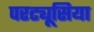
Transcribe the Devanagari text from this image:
परट्यूसिया